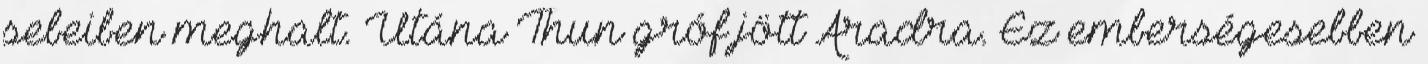
sebeiben meghalt. Utána Thun gróf jött Aradra. Ez emberségesebben